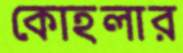
কোহলার